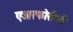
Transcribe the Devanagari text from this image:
एअरफोर्सतर्फे